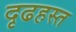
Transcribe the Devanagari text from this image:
दृढहस्त